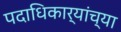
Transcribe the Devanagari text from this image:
पदाधिकार्‍यांच्या